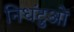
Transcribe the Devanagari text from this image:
निधंटुओं